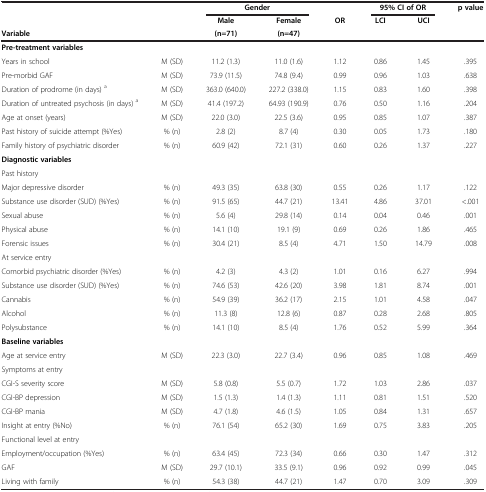
<table><thead><tr><td><b> </b></td><td><b> </b></td><td colspan="2"><b>Gender</b></td><td><b> </b></td><td colspan="2"><b>95% CI of OR</b></td><td rowspan="2"><b>p value</b></td></tr><tr><td><b> </b></td><td><b> </b></td><td><b>Male</b></td><td><b>Female</b></td><td><b>OR</b></td><td><b>LCI</b></td><td><b>UCI</b></td></tr><tr><td colspan="2"><b>Variable</b></td><td><b>(n=71)</b></td><td><b>(n=47)</b></td><td><b> </b></td><td><b> </b></td><td><b> </b></td><td><b> </b></td></tr></thead><tbody><tr><td><b>Pre-treatment variables</b></td><td> </td><td> </td><td> </td><td> </td><td> </td><td> </td><td> </td></tr><tr><td>Years in school</td><td>M (SD)</td><td>11.2 (1.3)</td><td>11.0 (1.6)</td><td>1.12</td><td>0.86</td><td>1.45</td><td>.395</td></tr><tr><td>Pre-morbid GAF</td><td>M (SD)</td><td>73.9 (11.5)</td><td>74.8 (9.4)</td><td>0.99</td><td>0.96</td><td>1.03</td><td>.638</td></tr><tr><td>Duration of prodrome (in days) <sup>a</sup></td><td>M (SD)</td><td>363.0 (640.0)</td><td>227.2 (338.0)</td><td>1.15</td><td>0.83</td><td>1.60</td><td>.398</td></tr><tr><td>Duration of untreated psychosis (in days) <sup>a</sup></td><td>M (SD)</td><td>41.4 (197.2)</td><td>64.93 (190.9)</td><td>0.76</td><td>0.50</td><td>1.16</td><td>.204</td></tr><tr><td>Age at onset (years)</td><td>M (SD)</td><td>22.0 (3.0)</td><td>22.5 (3.6)</td><td>0.95</td><td>0.85</td><td>1.07</td><td>.387</td></tr><tr><td>Past history of suicide attempt (%Yes)</td><td>% (n)</td><td>2.8 (2)</td><td>8.7 (4)</td><td>0.30</td><td>0.05</td><td>1.73</td><td>.180</td></tr><tr><td>Family history of psychiatric disorder</td><td>% (n)</td><td>60.9 (42)</td><td>72.1 (31)</td><td>0.60</td><td>0.26</td><td>1.37</td><td>.227</td></tr><tr><td><b>Diagnostic variables</b></td><td> </td><td> </td><td> </td><td> </td><td> </td><td> </td><td> </td></tr><tr><td>Past history</td><td> </td><td> </td><td> </td><td> </td><td> </td><td> </td><td> </td></tr><tr><td>Major depressive disorder</td><td>% (n)</td><td>49.3 (35)</td><td>63.8 (30)</td><td>0.55</td><td>0.26</td><td>1.17</td><td>.122</td></tr><tr><td>Substance use disorder (SUD) (%Yes)</td><td>% (n)</td><td>91.5 (65)</td><td>44.7 (21)</td><td>13.41</td><td>4.86</td><td>37.01</td><td>&lt;.001</td></tr><tr><td>Sexual abuse</td><td>% (n)</td><td>5.6 (4)</td><td>29.8 (14)</td><td>0.14</td><td>0.04</td><td>0.46</td><td>.001</td></tr><tr><td>Physical abuse</td><td>% (n)</td><td>14.1 (10)</td><td>19.1 (9)</td><td>0.69</td><td>0.26</td><td>1.86</td><td>.465</td></tr><tr><td>Forensic issues</td><td>% (n)</td><td>30.4 (21)</td><td>8.5 (4)</td><td>4.71</td><td>1.50</td><td>14.79</td><td>.008</td></tr><tr><td>At service entry</td><td> </td><td> </td><td> </td><td> </td><td> </td><td> </td><td> </td></tr><tr><td>Comorbid psychiatric disorder (%Yes)</td><td>% (n)</td><td>4.2 (3)</td><td>4.3 (2)</td><td>1.01</td><td>0.16</td><td>6.27</td><td>.994</td></tr><tr><td>Substance use disorder (SUD) (%Yes)</td><td>% (n)</td><td>74.6 (53)</td><td>42.6 (20)</td><td>3.98</td><td>1.81</td><td>8.74</td><td>.001</td></tr><tr><td>Cannabis</td><td>% (n)</td><td>54.9 (39)</td><td>36.2 (17)</td><td>2.15</td><td>1.01</td><td>4.58</td><td>.047</td></tr><tr><td>Alcohol</td><td>% (n)</td><td>11.3 (8)</td><td>12.8 (6)</td><td>0.87</td><td>0.28</td><td>2.68</td><td>.805</td></tr><tr><td>Polysubstance</td><td>% (n)</td><td>14.1 (10)</td><td>8.5 (4)</td><td>1.76</td><td>0.52</td><td>5.99</td><td>.364</td></tr><tr><td><b>Baseline variables</b></td><td> </td><td> </td><td> </td><td> </td><td> </td><td> </td><td> </td></tr><tr><td>Age at service entry</td><td>M (SD)</td><td>22.3 (3.0)</td><td>22.7 (3.4)</td><td>0.96</td><td>0.85</td><td>1.08</td><td>.469</td></tr><tr><td>Symptoms at entry</td><td> </td><td> </td><td> </td><td> </td><td> </td><td> </td><td> </td></tr><tr><td>CGI-S severity score</td><td>M (SD)</td><td>5.8 (0.8)</td><td>5.5 (0.7)</td><td>1.72</td><td>1.03</td><td>2.86</td><td>.037</td></tr><tr><td>CGI-BP depression</td><td>M (SD)</td><td>1.5 (1.3)</td><td>1.4 (1.3)</td><td>1.11</td><td>0.81</td><td>1.51</td><td>.520</td></tr><tr><td>CGI-BP mania</td><td>M (SD)</td><td>4.7 (1.8)</td><td>4.6 (1.5)</td><td>1.05</td><td>0.84</td><td>1.31</td><td>.657</td></tr><tr><td>Insight at entry (%No)</td><td>% (n)</td><td>76.1 (54)</td><td>65.2 (30)</td><td>1.69</td><td>0.75</td><td>3.83</td><td>.205</td></tr><tr><td>Functional level at entry</td><td> </td><td> </td><td> </td><td> </td><td> </td><td> </td><td> </td></tr><tr><td>Employment/occupation (%Yes)</td><td>% (n)</td><td>63.4 (45)</td><td>72.3 (34)</td><td>0.66</td><td>0.30</td><td>1.47</td><td>.312</td></tr><tr><td>GAF</td><td>M (SD)</td><td>29.7 (10.1)</td><td>33.5 (9.1)</td><td>0.96</td><td>0.92</td><td>0.99</td><td>.045</td></tr><tr><td>Living with family</td><td>% (n)</td><td>54.3 (38)</td><td>44.7 (21)</td><td>1.47</td><td>0.70</td><td>3.09</td><td>.309</td></tr></tbody></table>